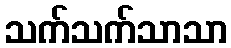
သက်သက်သာသာ